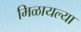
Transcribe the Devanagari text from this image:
मिळायल्या